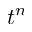
t ^ { n }